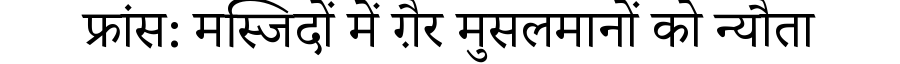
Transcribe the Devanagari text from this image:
फ्रांस: मस्जिदों में ग़ैर मुसलमानों को न्यौता